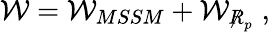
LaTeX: \mathcal{W}=\mathcal{W}_{MSSM}+\mathcal{W}_{\not R_{p}}\; ,